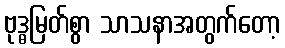
ဗုဒ္ဓမြတ်စွာ သာသနာအတွက်တော့